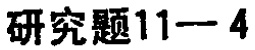
研究题11—4